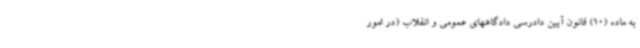
به ماده (10) قانون آیین دادرسی دادگاههای عمومی و انقلاب (در امور